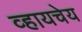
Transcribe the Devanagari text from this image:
व्हायचेय